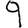
Digit: 9